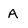
Character: A